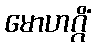
မောဟဂ္ဂိံ